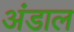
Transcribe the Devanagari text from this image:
अंडाल